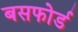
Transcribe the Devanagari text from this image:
बसफोर्ड